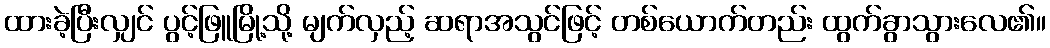
ထားခဲ့ပြီးလျှင် ပွင့်ဖြူမြို့သို့ မျက်လှည့် ဆရာအသွင်ဖြင့် တစ်ယောက်တည်း ထွက်ခွာသွားလေ၏။